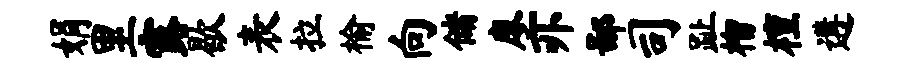
娟里露歇表拉榆向储廖亦鄙司趾榴檀遘